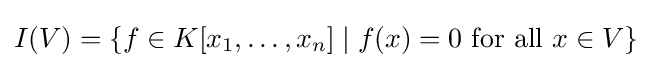
I(V)=\left\{f\in K[x_{1},\ldots ,x_{n}]\mid f(x)=0{\text{ for all }}x\in V\right\}